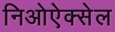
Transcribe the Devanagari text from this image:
निओऐक्सेल